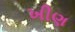
ખીણ